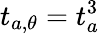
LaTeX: t_{a,\theta}=t_{a}^{3}